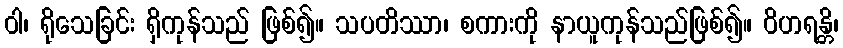
ဝါ၊ ရိုသေခြင်း ရှိကုန်သည် ဖြစ်၍။ သပတိဿာ၊ စကားကို နာယူကုန်သည်ဖြစ်၍။ ဝိဟရန္တိ၊